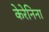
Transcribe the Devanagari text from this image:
केरेनिना